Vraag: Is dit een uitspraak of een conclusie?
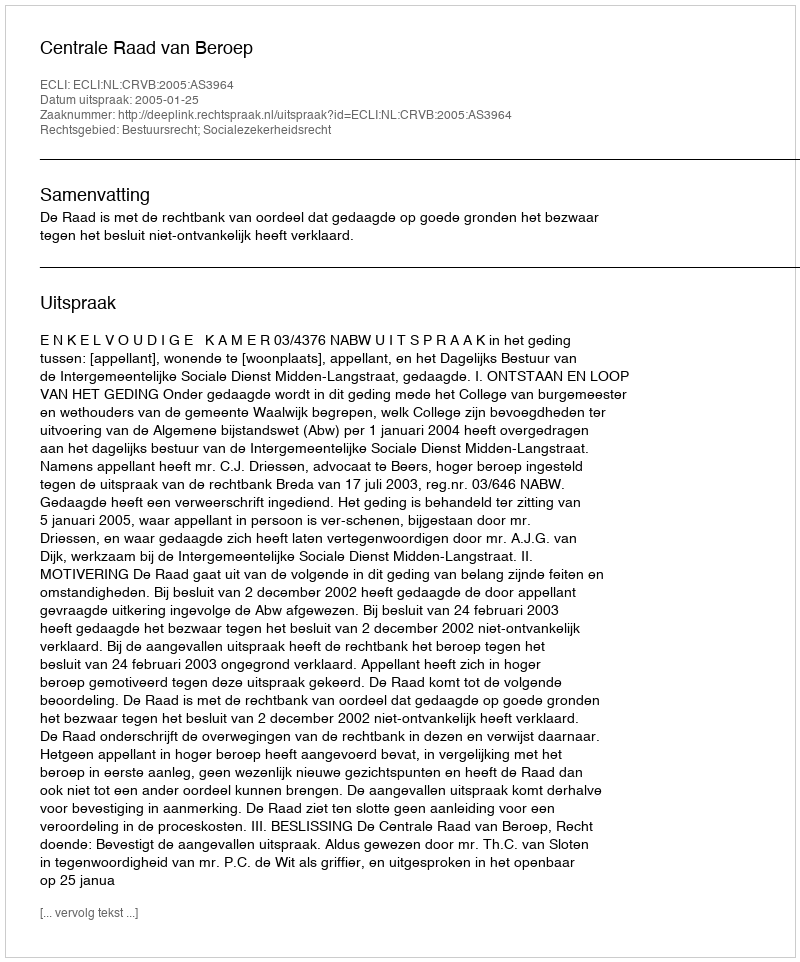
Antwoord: Uitspraak